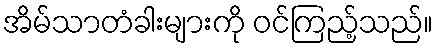
အိမ်သာတံခါးများကို ဝင်ကြည့်သည်။